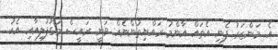
އެ މަންޒަރު ފެނި އެތައް އާންމު ރައްޔިތުންނެއް ވަނީ ރައީސް މަގުފުލިއާއި އެކު